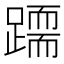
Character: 𨅲